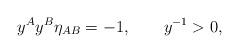
LaTeX: \begin{align*} y^A y^B \eta_{AB} = -1, \qquad y^{-1}>0,\end{align*}